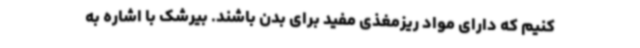
کنیم که دارای مواد ریزمغذی مفید برای بدن باشند. بیرشک با اشاره به